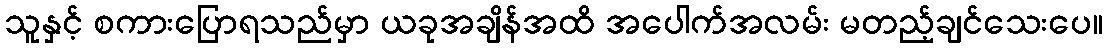
သူနှင့် စကားပြောရသည်မှာ ယခုအချိန်အထိ အပေါက်အလမ်း မတည့်ချင်သေးပေ။